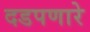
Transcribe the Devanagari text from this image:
दडपणारे